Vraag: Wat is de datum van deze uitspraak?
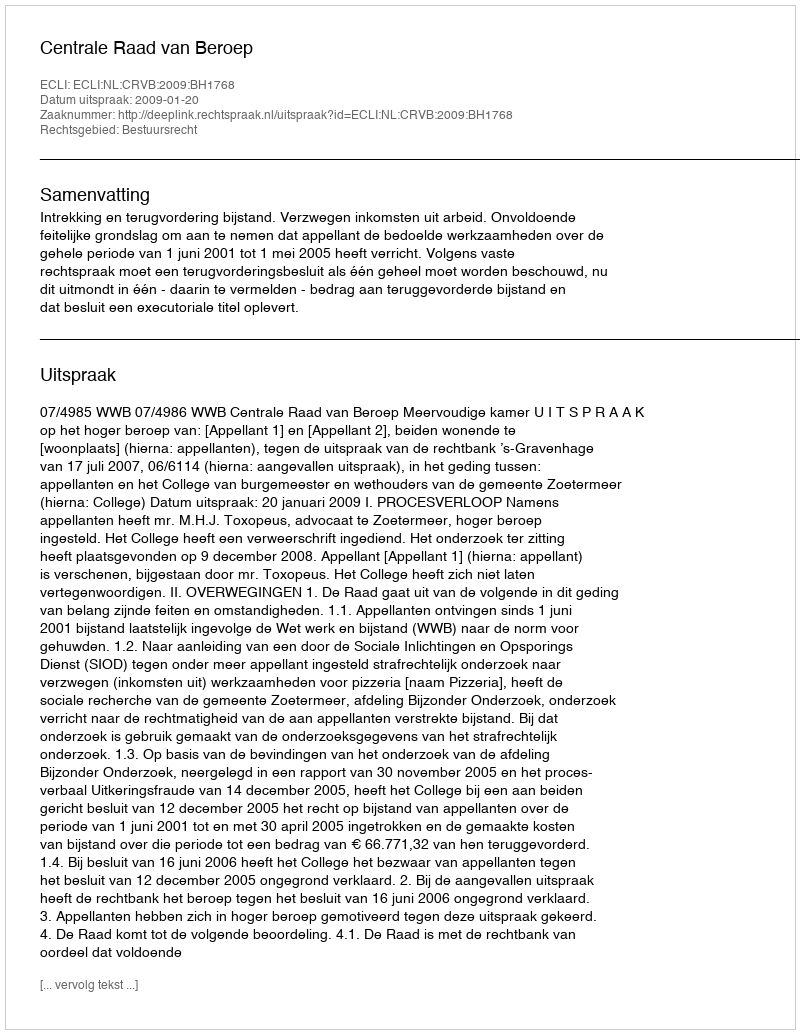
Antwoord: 2009-01-20